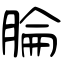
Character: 腀